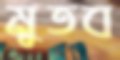
মুতব